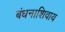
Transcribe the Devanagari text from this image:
बंधनाशिवाय